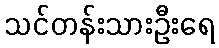
သင်တန်းသားဦးရေ